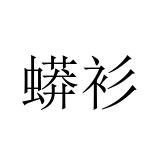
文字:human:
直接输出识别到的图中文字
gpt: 蟒衫